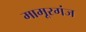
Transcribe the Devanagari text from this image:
मामूरगंज